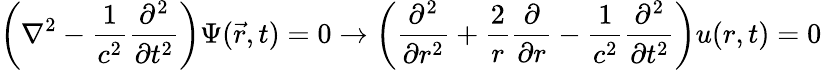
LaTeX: \left(\nabla^{2}-{\frac{1}{c^{2}}}{\frac{\partial^{2}}{\partial t^{2}}}\right)\Psi({\vec{r}},t)=0\rightarrow\left({\frac{\partial^{2}}{\partial r^{2}}}+{\frac{2}{r}}{\frac{\partial}{\partial r}}-{\frac{1}{c^{2}}}{\frac{\partial^{2}}{\partial t^{2}}}\right)u(r,t)=0